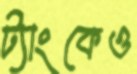
ট্যাংকেও